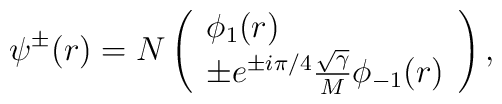
\psi ^{\pm }(r)=N\left( \begin{array}{l}\phi _{1}(r) \\ \pm e^{\pm i\pi /4}\frac{\sqrt{\gamma }}{M}\phi _{-1}(r)\end{array}\right) ,